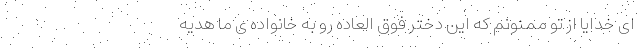
ای خدایا از تو ممنونم که این دختر فوق العاده رو به خانواده ی ما هدیه